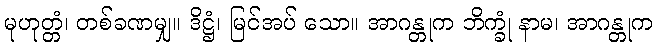
မုဟုတ္တံ၊ တစ်ခဏမျှ။ ဒိဋ္ဌံ၊ မြင်အပ် သော။ အာဂန္တုက ဘိက္ခုံ နာမ၊ အာဂန္တုက